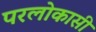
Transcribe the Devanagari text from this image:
परलोकासी